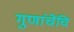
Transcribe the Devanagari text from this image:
गुणांचेंचि